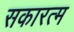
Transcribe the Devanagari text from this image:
सकारत्म